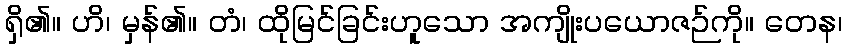
ရှိ၏။ ဟိ၊ မှန်၏။ တံ၊ ထိုမြင်ခြင်းဟူသော အကျိုးပယောဇဉ်ကို။ တေန၊